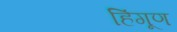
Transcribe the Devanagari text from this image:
हिंगूण